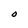
Character: O